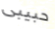
حبيبى